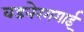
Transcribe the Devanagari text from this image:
वडनेरगगाई